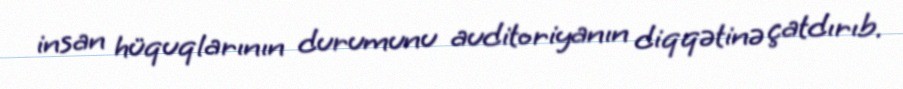
insan hüquqlarının durumunu auditoriyanın diqqətinə çatdırıb.